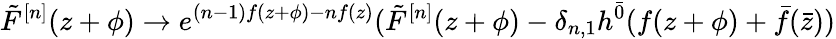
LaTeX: \tilde{F}^{[n]}(z+\phi)\rightarrow e^{(n-1)f(z+\phi)-nf(z)}(\tilde{F}^{[n]}(z+\phi)-\delta_{n,1}h^{\bar{0}}(f(z+\phi)+\bar{f}(\bar{z}))